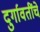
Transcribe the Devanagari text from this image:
दुर्गावतींचे